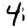
Digit: 4